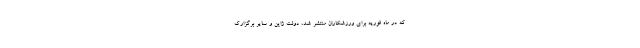
که در ماه فوریه برای ورزشکاران منتشر شد، دولت ژاپن و سایر برگزارک